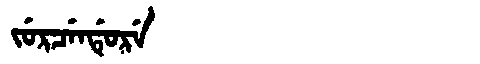
Manchu: ᠵᡠᡵᠴᡝᠨᡩᡠᡵᡝ
Romanization: JURCENDURE